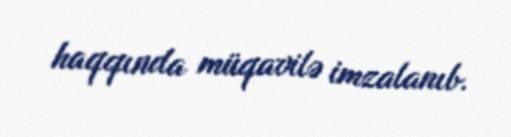
haqqında müqavilə imzalanıb.